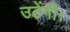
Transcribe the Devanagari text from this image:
उठेंगी।